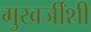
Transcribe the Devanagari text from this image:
मुखर्जींशी